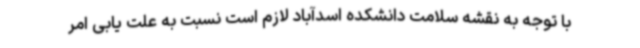
با توجه به نقشه سلامت دانشکده اسدآباد لازم است نسبت به علت یابی امر